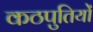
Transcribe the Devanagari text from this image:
कठपुतियों